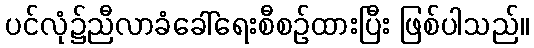
ပင်လုံ၌ညီလာခံခေါ်ရေးစီစဉ်ထားပြီး ဖြစ်ပါသည်။